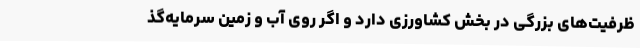
ظرفیت‌های بزرگی در بخش کشاورزی دارد و اگر روی آب و زمین سرمایه‌گذ